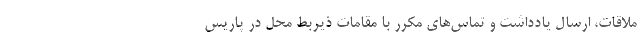
ملاقات، ارسال یادداشت و تماس‌های مکرر با مقامات ذیربط محل در پاریس